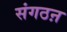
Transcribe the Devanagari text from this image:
संगठऩ